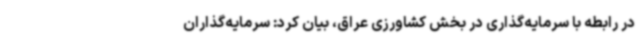
در رابطه با سرمایه‌گذاری در بخش کشاورزی عراق، بیان کرد: سرمایه‌گذاران